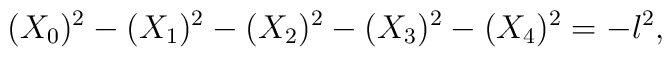
(X_0)^2 - (X_1)^2 - (X_2)^2 - (X_3)^2 - (X_4)^2 = -l^{2},